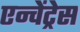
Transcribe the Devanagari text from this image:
एन्चेंट्रेस